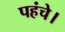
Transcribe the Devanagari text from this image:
पहंचे।